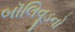
બૉલિવૂડનો